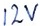
Text: 12V